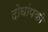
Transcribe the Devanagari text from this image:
दोघांपकी